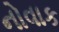
નોવાક